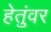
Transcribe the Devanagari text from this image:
हेतुंवर